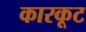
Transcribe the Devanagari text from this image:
कारकूट